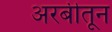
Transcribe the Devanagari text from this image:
अरबीतून